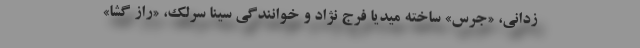
زدانی، «جرس» ساخته میدیا فرج نژاد و خوانندگی سینا سرلک، «راز گشا»